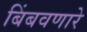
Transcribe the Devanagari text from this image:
बिंबवणारे